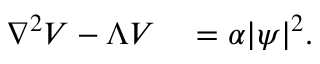
\begin{array} { r l } { \nabla ^ { 2 } V - \Lambda V } & { { } = \alpha | \psi | ^ { 2 } . } \end{array}